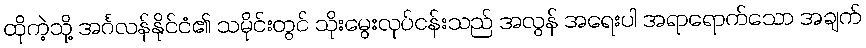
ထိုကဲ့သို့ အင်္ဂလန်နိုင်ငံ၏ သမိုင်းတွင် သိုးမွေးလုပ်ငန်းသည် အလွန် အရေးပါ အရာရောက်သော အချက်